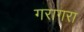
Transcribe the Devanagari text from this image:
गरागरा